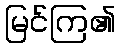
မြင်ကြ၏